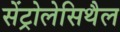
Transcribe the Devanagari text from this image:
सेंट्रोलेसिथैल